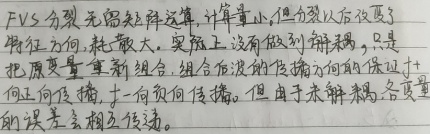
FVS 分裂无需矩阵运算，计算量小，但分裂以后改变了特征方向，耗散较大。实际上，没有做到解耦，只是把原变量重新组合，组合后波的传播方向仍保证 \(+\) 向正向传播，\(-\) 向负向传播。但由于未解耦，各变量的误差会相互传递。